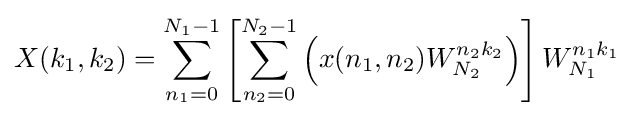
X(k_{1},k_{2})=\sum _{n_{1}=0}^{N_{1}-1}\left[\sum _{n_{2}=0}^{N_{2}-1}\left(x(n_{1},n_{2})W_{N_{2}}^{n_{2}k_{2}}\right)\right]W_{N_{1}}^{n_{1}k_{1}}